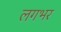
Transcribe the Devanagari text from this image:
लगभर